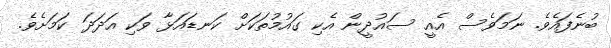
ބުނެފައެވެ. ނަމަވެސް އެއީ ސައުދީން އެކި ގައުމުތަކަށް ކަނޑައަޅާ ވަކި އަދަދަ ކަމަށެވެ.